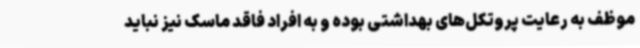
موظف به رعایت پروتکل‌های بهداشتی بوده و به افراد فاقد ماسک نیز نباید